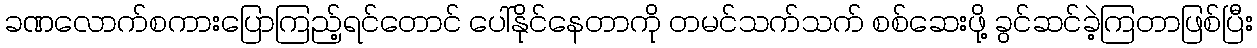
ခဏလောက်စကားပြောကြည့်ရင်တောင် ပေါ်နိုင်နေတာကို တမင်သက်သက် စစ်ဆေးဖို့ ခွင်ဆင်ခဲ့ကြတာဖြစ်ပြီး